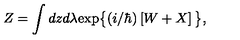
Z = \int d z d \lambda \mathrm { e x p } \big \{ ( i / \hbar ) \left[ W + X \right] \big \} ,